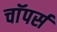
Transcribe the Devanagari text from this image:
चाॅपर्स